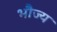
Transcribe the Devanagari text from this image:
भौज्य